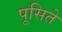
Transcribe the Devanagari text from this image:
पूसिते